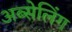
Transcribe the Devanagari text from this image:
अब्सेलिंग